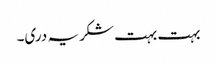
بہت بہت شکریہ دری۔